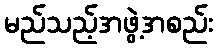
မည်သည့်အဖွဲ့အစည်း